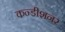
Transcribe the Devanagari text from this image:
कन्डीशनर